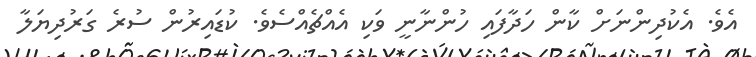
އެވެ. އެކުދިންނަށް ކާން ހަދާފައި ހުންނާނީ ވަކި އެއްޗެއްސެވެ. ކުޑައިރުން ސުރެ ގަރުދިޔަލާ